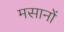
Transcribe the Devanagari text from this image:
मसानों